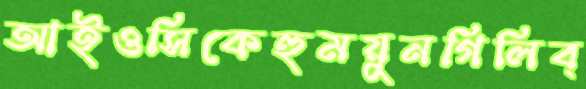
আইওসিকেহুময়ুনগিলিব্